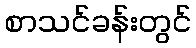
စာသင်ခန်းတွင်